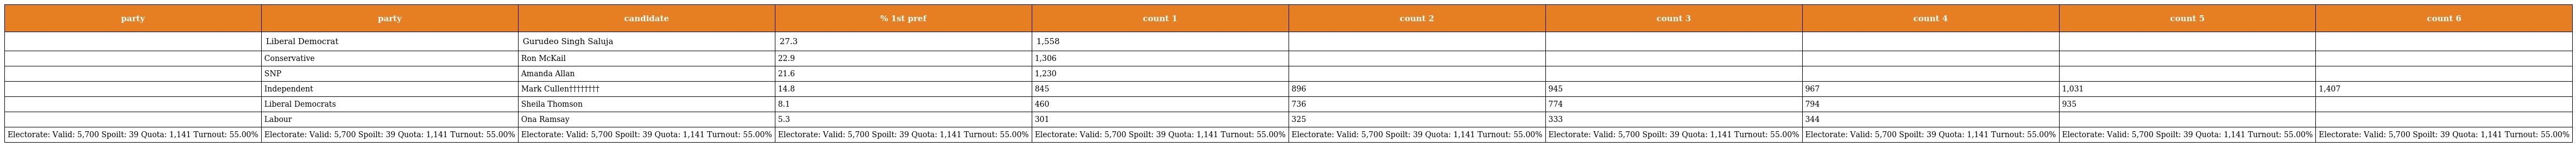
| party | party | candidate | % 1st pref | count 1 | count 2 | count 3 | count 4 | count 5 | count 6 |
 | --- | --- | --- | --- | --- | --- | --- | --- | --- | --- |
 |  | Liberal Democrat | Gurudeo Singh Saluja | 27.3 | 1,558 |  |  |  |  |  |
 |  | Conservative | Ron McKail | 22.9 | 1,306 |  |  |  |  |  |
 |  | SNP | Amanda Allan | 21.6 | 1,230 |  |  |  |  |  |
 |  | Independent | Mark Cullen†††††††† | 14.8 | 845 | 896 | 945 | 967 | 1,031 | 1,407 |
 |  | Liberal Democrats | Sheila Thomson | 8.1 | 460 | 736 | 774 | 794 | 935 |  |
 |  | Labour | Ona Ramsay | 5.3 | 301 | 325 | 333 | 344 |  |  |
 | Electorate: Valid: 5,700 Spoilt: 39 Quota: 1,141 Turnout: 55.00% | Electorate: Valid: 5,700 Spoilt: 39 Quota: 1,141 Turnout: 55.00% | Electorate: Valid: 5,700 Spoilt: 39 Quota: 1,141 Turnout: 55.00% | Electorate: Valid: 5,700 Spoilt: 39 Quota: 1,141 Turnout: 55.00% | Electorate: Valid: 5,700 Spoilt: 39 Quota: 1,141 Turnout: 55.00% | Electorate: Valid: 5,700 Spoilt: 39 Quota: 1,141 Turnout: 55.00% | Electorate: Valid: 5,700 Spoilt: 39 Quota: 1,141 Turnout: 55.00% | Electorate: Valid: 5,700 Spoilt: 39 Quota: 1,141 Turnout: 55.00% | Electorate: Valid: 5,700 Spoilt: 39 Quota: 1,141 Turnout: 55.00% | Electorate: Valid: 5,700 Spoilt: 39 Quota: 1,141 Turnout: 55.00% |